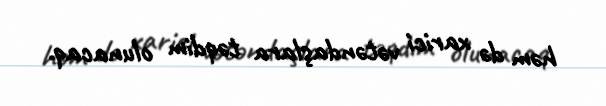
həm də xarici vətəndaşlara təqdim olunacaq.